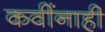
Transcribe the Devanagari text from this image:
कवींनाही